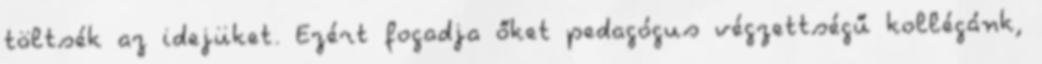
töltsék az idejüket. Ezért fogadja őket pedagógus végzettségű kollégánk,